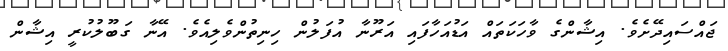
ޖައްސައިދޭށެވެ. އިޝާންގެ ވާހަކަތައް އަޑުއަހާފައި އަރޫނާ އުފަލުން ހިނިތުންވެލިއެވެ. އޭނާ ގަބޫލުކުރީ އިޝާން